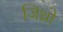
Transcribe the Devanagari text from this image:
जिथ्रो